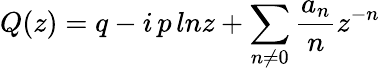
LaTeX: Q(z)=q-i\, p\, lnz+\sum_{n\neq 0}\frac{a_{n}}{n}z^{-n}